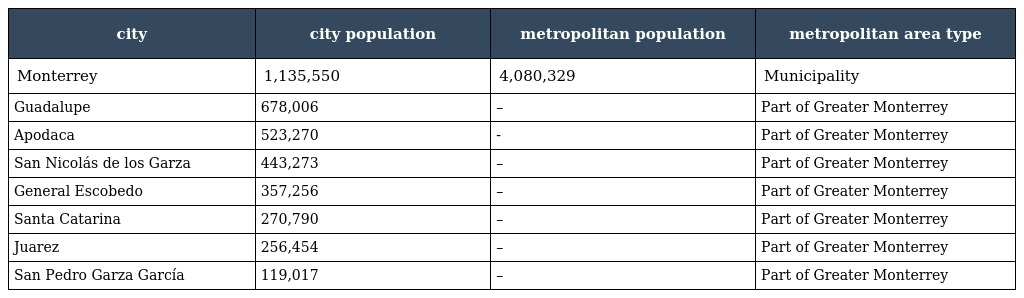
| city | city population | metropolitan population | metropolitan area type |
 | --- | --- | --- | --- |
 | Monterrey | 1,135,550 | 4,080,329 | Municipality |
 | Guadalupe | 678,006 | – | Part of Greater Monterrey |
 | Apodaca | 523,270 | - | Part of Greater Monterrey |
 | San Nicolás de los Garza | 443,273 | – | Part of Greater Monterrey |
 | General Escobedo | 357,256 | – | Part of Greater Monterrey |
 | Santa Catarina | 270,790 | – | Part of Greater Monterrey |
 | Juarez | 256,454 | – | Part of Greater Monterrey |
 | San Pedro Garza García | 119,017 | – | Part of Greater Monterrey |